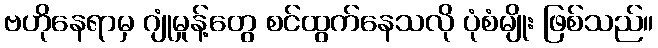
ဗဟိုနေရာမှ ဂျုံမှုန့်တွေ စင်ထွက်နေသလို ပုံစံမျိုး ဖြစ်သည်။